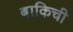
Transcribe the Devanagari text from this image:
बाकिची